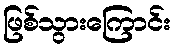
ဖြစ်သွားကြောင်း